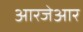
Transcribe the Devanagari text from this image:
आरजेआर